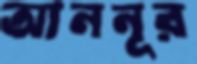
আননূর